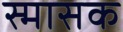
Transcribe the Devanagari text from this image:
स्मासक